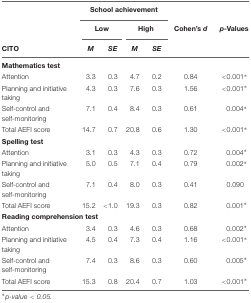
|  | <COLSPAN=4> School achievement |  |  |
 |  | <COLSPAN=2> Low | <COLSPAN=2> High | Cohen’s d | p-Values |
 | CITO | M | SE | M | SE |  |  |
 | --- | --- | --- | --- | --- | --- | --- |
 | Mathematics test |  |  |  |  |  |  |
 | Attention | 3.3 | 0.3 | 4.7 | 0.2 | 0.84 | <0.001∗ |
 | Planning and initiative taking | 4.3 | 0.3 | 7.6 | 0.3 | 1.56 | <0.001∗ |
 | Self-control and self-monitoring | 7.1 | 0.4 | 8.4 | 0.3 | 0.61 | 0.004∗ |
 | Total AEFI score | 14.7 | 0.7 | 20.8 | 0.6 | 1.30 | <0.001∗ |
 | Spelling test |  |  |  |  |  |  |
 | Attention | 3.1 | 0.3 | 4.3 | 0.3 | 0.72 | 0.004∗ |
 | Planning and initiative taking | 5.0 | 0.5 | 7.1 | 0.4 | 0.79 | 0.002∗ |
 | Self-control and self-monitoring | 7.1 | 0.4 | 8.0 | 0.3 | 0.41 | 0.090 |
 | Total AEFI score | 15.2 | <1.0 | 19.3 | 0.3 | 0.82 | 0.001∗ |
 | <COLSPAN=7> Reading comprehension test |
 | Attention | 3.4 | 0.3 | 4.6 | 0.3 | 0.68 | 0.002∗ |
 | Planning and initiative taking | 4.5 | 0.4 | 7.3 | 0.4 | 1.16 | <0.001∗ |
 | Self-control and self-monitoring | 7.4 | 0.3 | 8.6 | 0.3 | 0.60 | 0.005∗ |
 | Total AEFI score | 15.3 | 0.8 | 20.4 | 0.7 | 1.03 | <0.001∗ |